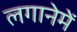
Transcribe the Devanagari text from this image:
लगानेमें